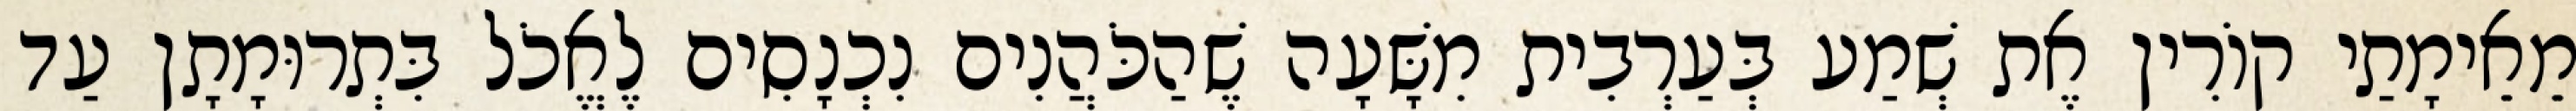
מֵאֵימָתַי קוֹרִין אֶת שְׁמַע בְּעַרְבִית מִשָּׁעָה שֶׁהַכֹּהֲנִים נִכְנָסִים לֶאֱכֹל בִּתְרוּמָתָן עַד